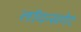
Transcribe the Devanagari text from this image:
लॉयन्सगेट